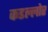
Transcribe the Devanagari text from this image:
कडल्लोर